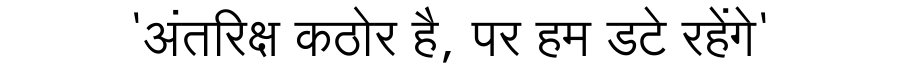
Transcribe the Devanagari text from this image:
'अंतरिक्ष कठोर है, पर हम डटे रहेंगे'